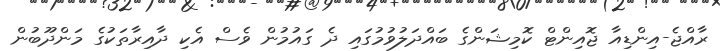
ރާއްޖެ-އިންޑިއާ ޖޮއިންޓް ކޮމިޝަންގެ ބައްދަލުވުމުގައި ދެ ގައުމުން ވެސް އެކި ދާއިރާތަކުގެ މަންދޫބުން